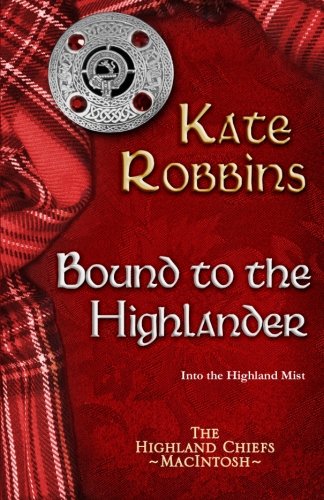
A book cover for Bound to the Highlander (The Highland Chiefs) (Volume 1); Kate Robbins; Romance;